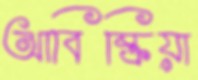
আবিষ্ক্রিয়া